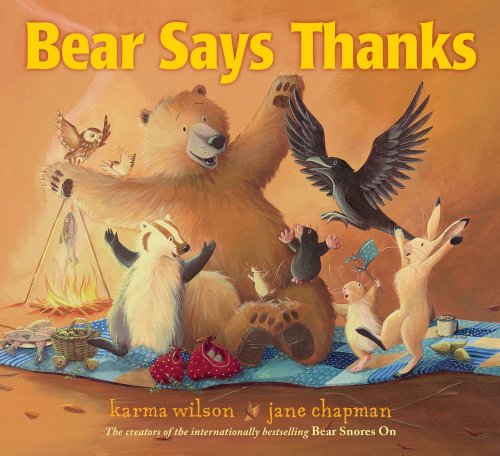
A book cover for Bear Says Thanks (The Bear Books); Karma Wilson; Children's Books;